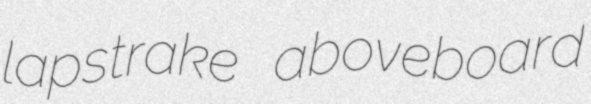
lapstrake aboveboard